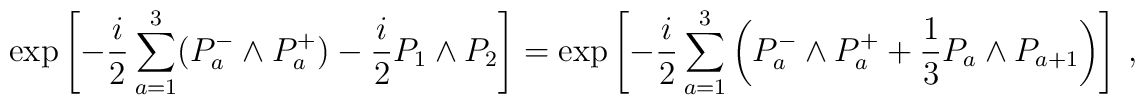
\exp  \left[ - \frac{i}{2} \sum_{a=1}^3 ( P_a^- \wedge P_a^+ ) - \frac{i}{2} P_1 \wedge P_2 \right]= \exp \left[ - \frac{i}{2} \sum_{a=1}^3 \left( P_a^- \wedge P_a^+ + \frac{1}{3} P_a \wedge P_{a+1}\right) \right] ~ ,